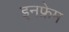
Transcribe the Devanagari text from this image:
इनफ्रेम